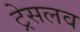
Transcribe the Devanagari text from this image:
ट्रेसलव